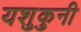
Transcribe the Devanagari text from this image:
यशुकुनी